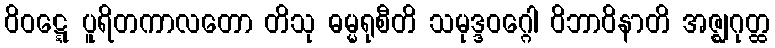
ဝိဝဋ္ဋေ ပူရိတကာလတော တိသု ဓမ္မရုစီတိ သမုဒ္ဒဝဂ္ဂေါ ဝိဘာဝိနာတိ အဇ္ဈဂုတ္ထ